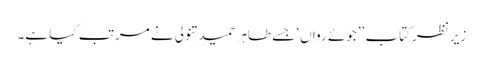
زیرنظر کتاب ’’جوئے رواں‘ جسے طاہر حمید تنولی نے مرتب کیا ہے۔